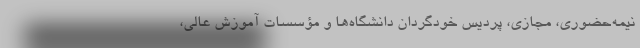
نیمه‌حضوری، مجازی، پردیس خودگردان دانشگاه‌ها و مؤسسات آموزش عالی،